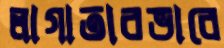
লাগাতারভাবে